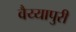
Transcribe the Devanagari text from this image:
वैय्यापुरी